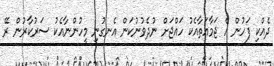
ދެއްކި ފަހުން އެ ޖަމާއަތާއެކު ހައްޖަށް ނުދެވުނުކަން އެނގުނި މީހުންނާއެކު ސަރުކާރުން ރޭ